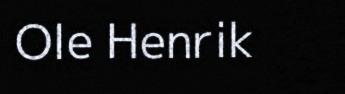
Ole Henrik